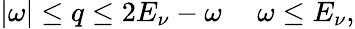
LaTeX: |\omega|\le q\le 2E_{\nu}-\omega~~~~~\omega\le E_{\nu},